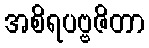
အစိရပဗ္ဗဇိတာ